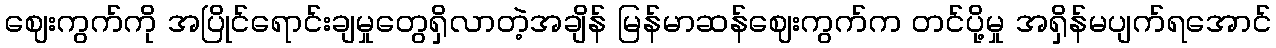
ဈေးကွက်ကို အပြိုင်ရောင်းချမှုတွေရှိလာတဲ့အချိန် မြန်မာဆန်ဈေးကွက်က တင်ပို့မှု အရှိန်မပျက်ရအောင်